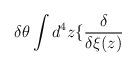
LaTeX: \begin{align*}\delta \theta \int d^{4}z\{\frac{\delta }{\delta \xi (z)}\end{align*}